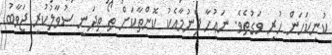
ކުނިކަހަން ހުރި ވަގުތެވެ. ނަޢުހާ ފެނުމާއެކު ކޮންތާކަށް ތޯ ތިދަނީ ސުވާލުކުރީ ޖަވާބު